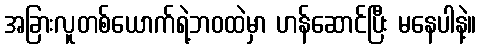
အခြားလူတစ်ယောက်ရဲ့ဘဝထဲမှာ ဟန်ဆောင်ပြီး မနေပါနဲ့။